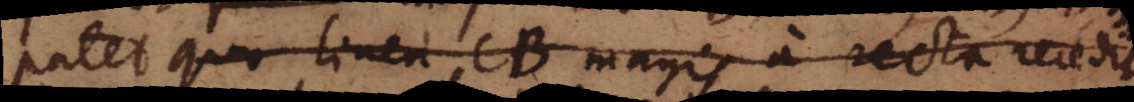
Patet quo linea CB magis a recta recedit